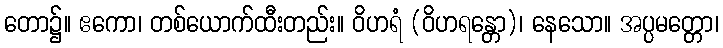
တော၌။ ဧကော၊ တစ်ယောက်ထီးတည်း။ ဝိဟရံ (ဝိဟရန္တော)၊ နေသော။ အပ္ပမတ္တော၊